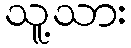
သူ့သား